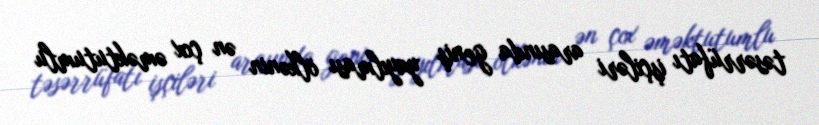
təsərrüfatı işçiləri arasında geniş yayılması ölkənin ən çox əməktutumlu